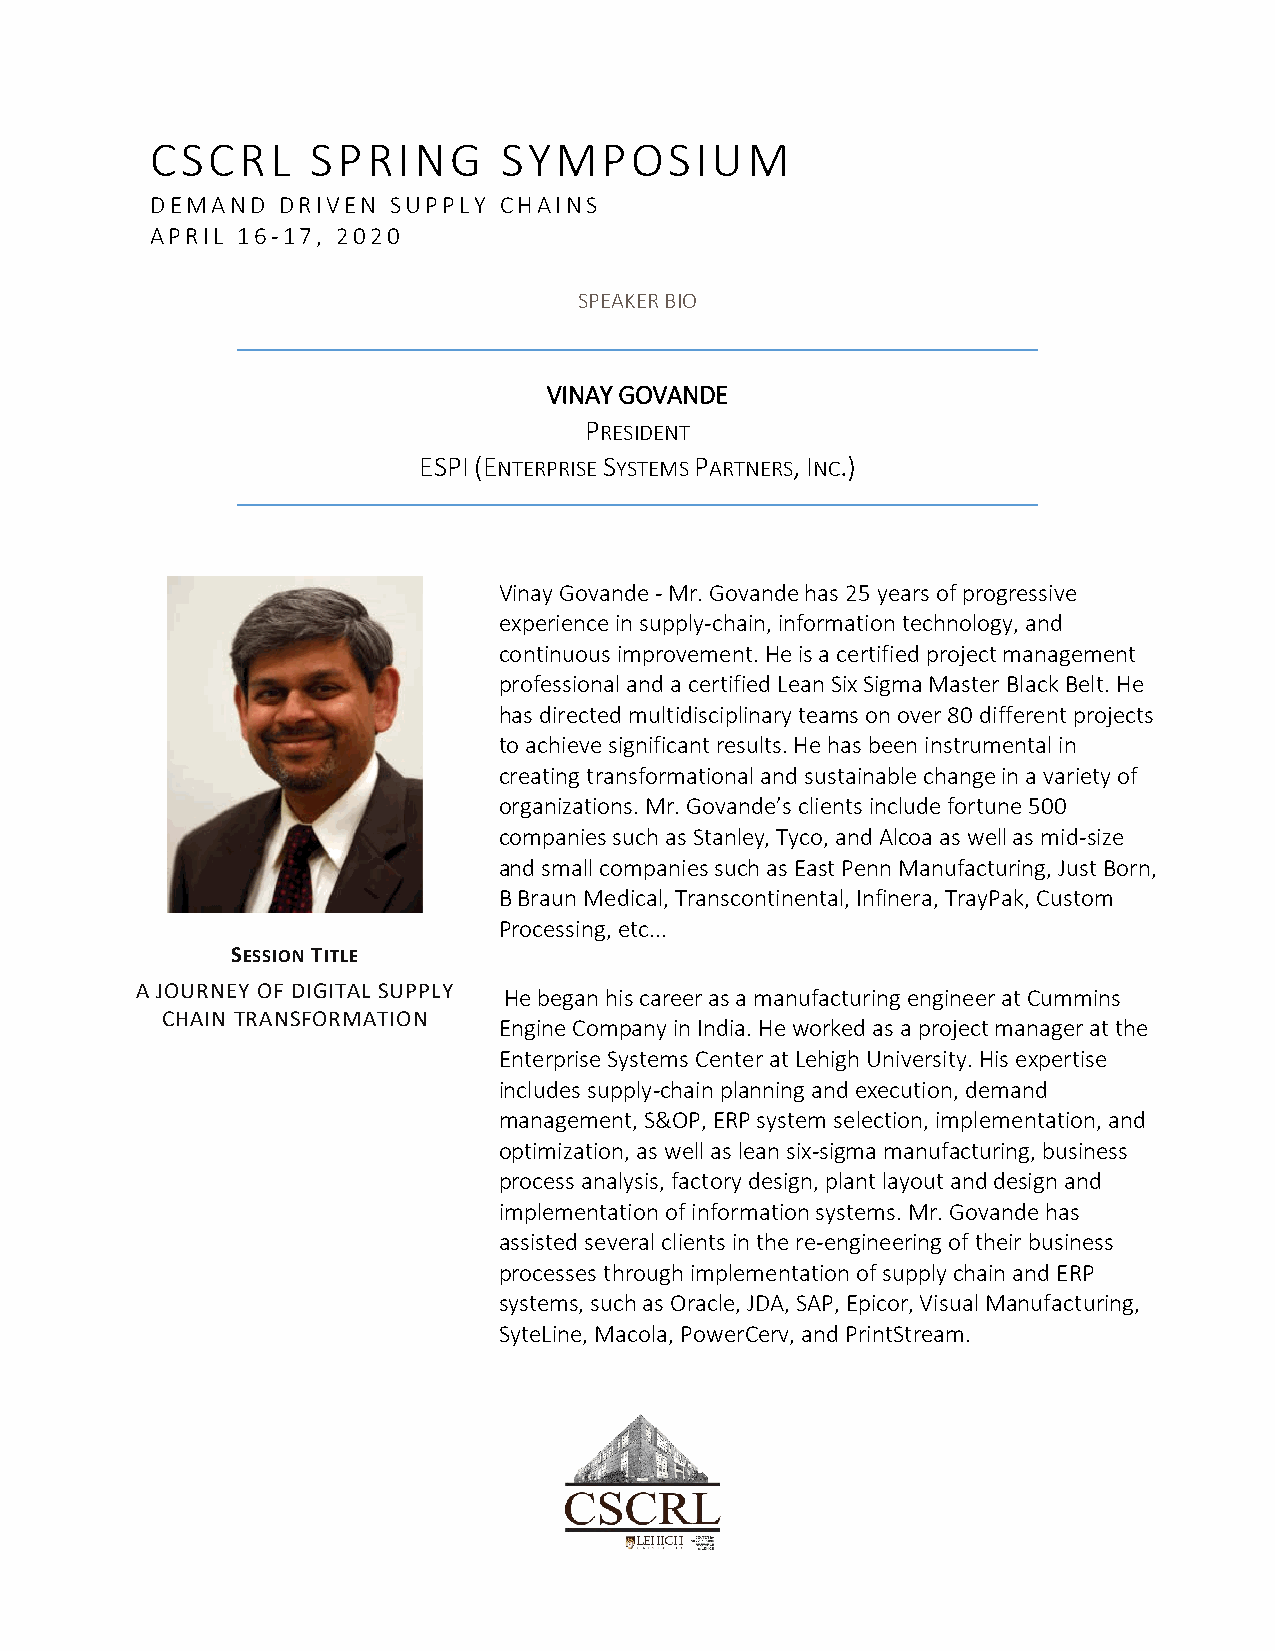
CSCRL      SPRING      SYMPOSIUM
 DEMAND  DRIVEN  SUPPLY CHAINS
 APRIL 16- 17, 2020
 SPEAKER BIO
 VINAY GOVANDE
 PRESIDENT
 ESPI (ENTERPRISE SYSTEMS PARTNERS, INC.)
 Vinay Govande - Mr. Govande has 25 years of progressive
 experience in supply-chain, information technology, and
 continuous improvement. He is a certified project management
 professional and a certified Lean Six Sigma Master Black Belt. He
 has directed multidisciplinary teams on over 80 different projects
 to achieve significant results. He has been instrumental in
 creating transformational and sustainable change in a variety of
 organizations. Mr. Govande’s clients include fortune 500
 companies such as Stanley, Tyco, and Alcoa as well as mid-size
 and small companies such as East Penn Manufacturing, Just Born,
 B Braun Medical, Transcontinental, Infinera, TrayPak, Custom
 Processing, etc...
 SESSION TITLE
 A JOURNEY OF DIGITAL SUPPLY He began his career as a manufacturing engineer at Cummins
 CHAIN TRANSFORMATION
 Engine Company in India. He worked as a project manager at the
 Enterprise Systems Center at Lehigh University. His expertise
 includes supply-chain planning and execution, demand
 management, S&OP, ERP system selection, implementation, and
 optimization, as well as lean six-sigma manufacturing, business
 process analysis, factory design, plant layout and design and
 implementation of information systems. Mr. Govande has
 assisted several clients in the re-engineering of their business
 processes through implementation of supply chain and ERP
 systems, such as Oracle, JDA, SAP, Epicor, Visual Manufacturing,
 SyteLine, Macola, PowerCerv, and PrintStream.